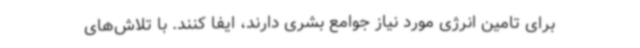
برای تامین انرژی مورد نیاز جوامع بشری دارند، ایفا کنند. با تلاش‌های